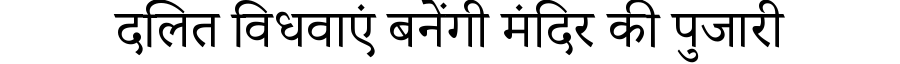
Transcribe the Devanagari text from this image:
दलित विधवाएं बनेंगी मंदिर की पुजारी